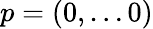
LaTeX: p=(0,\ldots 0)